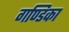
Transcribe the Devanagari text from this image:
गण्डिका